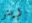
رينز